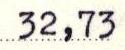
32,73